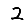
Digit: 2